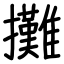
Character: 攤